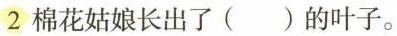
2 棉花姑娘长出了()的叶子。